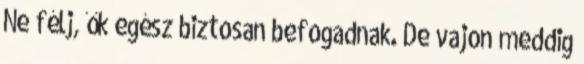
Ne félj, ők egész biztosan befogadnak. De vajon meddig